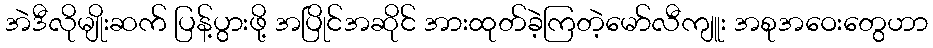
အဲဒီလိုမျိုးဆက် ပြန့်ပွားဖို့ အပြိုင်အဆိုင် အားထုတ်ခဲ့ကြတဲ့မော်လီကျူး အစုအဝေးတွေဟာ